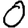
Digit: 0